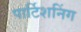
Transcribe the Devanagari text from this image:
पार्टिशनिंग